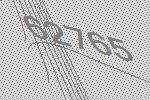
62765